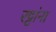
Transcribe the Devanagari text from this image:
रट्टांना